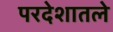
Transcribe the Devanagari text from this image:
परदेशातले